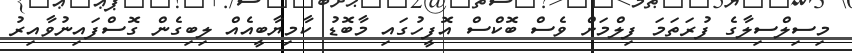
މިސިލްސިލާގެ ފުރަތަމަ ފިލްމަށް ވެސް ބޮކްސް އޮފީހުގައި މާބޮޑު ކާމިޔާބީއެއް ލިބިގެން ގޮސްފައިނުވާއިރު